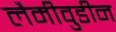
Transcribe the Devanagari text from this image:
लैमीवुडीन